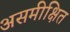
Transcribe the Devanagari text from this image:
असमीक्षित